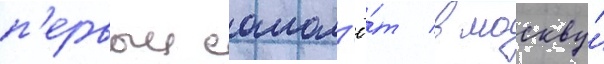
п'ервыи самол'ё́т в москву́